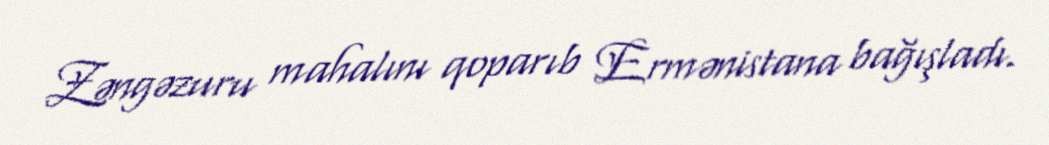
Zəngəzuru mahalını qoparıb Ermənistana bağışladı.